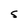
Character: S